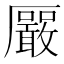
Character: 𪠛